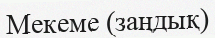
Мекеме (заңдық)